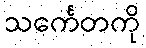
သင်္ကေတကို